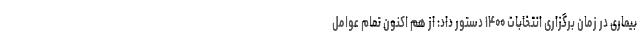
بیماری در زمان برگزاری انتخابات ۱۴۰۰ دستور داد: از هم اکنون تمام عوامل